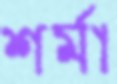
শর্মা